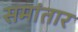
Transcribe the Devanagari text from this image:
समांतार